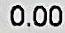
0.00